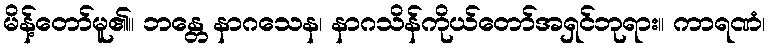
မိန့်တော်မူ၏။ ဘန္တေ နာဂသေန၊ နာဂသိန်ကိုယ်တော်အရှင်ဘုရား။ ကာရဏံ၊